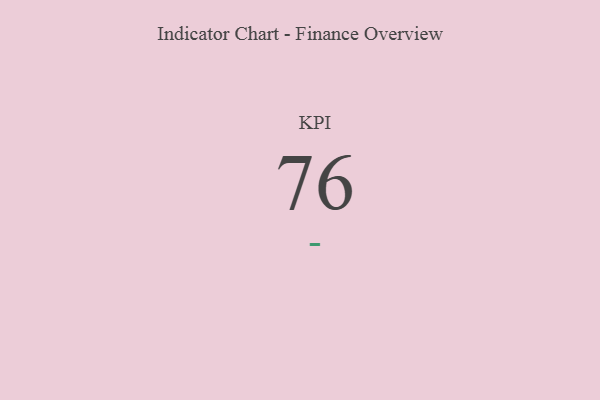
{"axis": {"x": "KPI", "y": "Value"}, "legend": [""], "data": [{"x": "KPI", "y": 76, "type": ""}]}